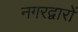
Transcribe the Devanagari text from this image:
नगरद्वारों